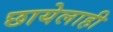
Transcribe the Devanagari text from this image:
छायेलाही